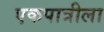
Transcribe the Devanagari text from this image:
एकपात्रीला